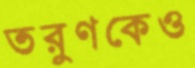
তরুণকেও